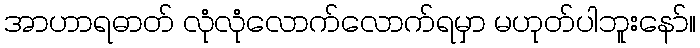
အာဟာရဓာတ် လုံလုံလောက်လောက်ရမှာ မဟုတ်ပါဘူးနော်။